Civil Veterinary Department. United Provinces 1932-42 - 1932-1942
Year: 1932
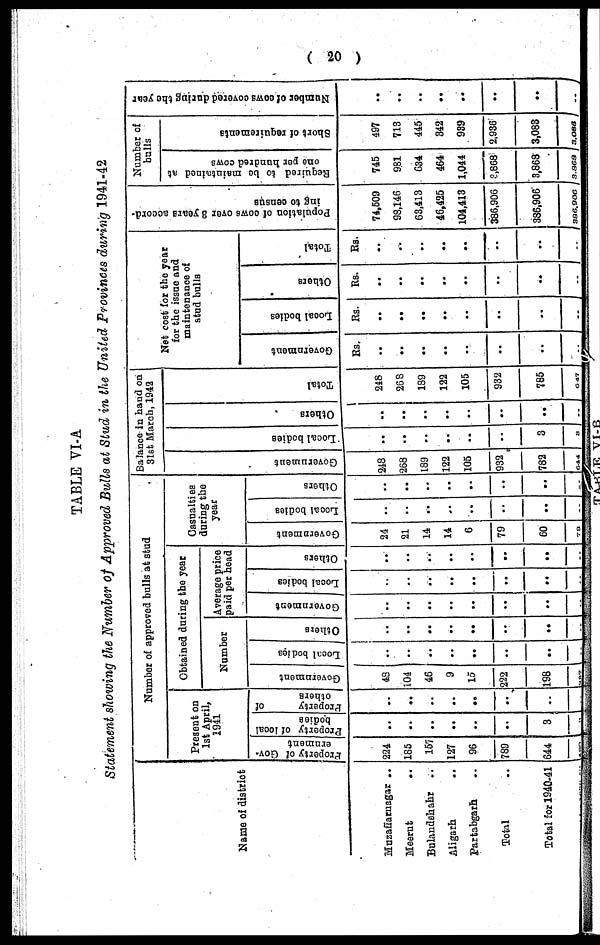
( 20 )
TABLE VI-A
Statement showing the Number of Approved Bulls at Stud in the United Provinces during 1941-42
Name of district
Muzaffarnagar ..
Meerut
..
Bulandshahr
..
Aligarh
Partabgath
Total
Total for 1940-41
Number of approved bulls at stud
Present on
1st April,
1941
Property of Gov-
ernment
224
185
157
127
96
789
644
480
Property of local
bodies
..
..
..
..
..
..
3
3
Property of
others
..
..
..
..
..
..
..
..
Obtained during the year
Number
Government
49
104
46
9
15
222
198
383
Local bodies
..
..
..
..
..
..
..
..
Others
..
..
..
..
..
..
..
..
Average price
paid per head
Government
..
..
..
..
..
..
..
..
Looal bodies
..
..
..
..
..
..
..
..
Others
..
..
..
..
..
..
..
..
Casualties
daring the
year
Government
24
21
14
14
6
79
60
78
Local bodies
..
..
..
..
..
..
..
..
Others
..
..
..
..
..
..
..
..
Balance in hand on
31st March, 1942
Go v e r
n me n t
248
268
189
122
105
932
782
644
Local bodi es
..
..
..
..
..
..
3
3
Ot her s
..
..
..
..
..
..
..
..
Tot al
248
268
189
122
105
932
785
647
Net cost for the year
for the issue and
maintenance of
stud bulls
Government
Rs.
..
..
..
..
..
..
..
..
Local bodies
Rs.
..
..
..
..
..
..
..
..
Others
Rs.
..
..
..
..
..
..
..
..
Total
Rs.
..
..
..
..
..
..
..
..
Population of cows over 8 years accord-
ing to oensus
74,509
98,146
63,413
46,425
104,413
386,906
336,906
336,906
Number of
bulls
Required to bo maintained at
one per
hundred cows
745
981
634
464
1,044
3,868
3,868
3,868
Short of requirements
497
713
445
342
939
2,936
3,088
3,086
Number of cows covered daring the year
..
..
..
..
..
..
..
..